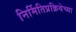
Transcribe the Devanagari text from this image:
निर्मितिप्रक्रियेच्या